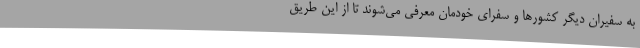
به سفیران دیگر کشورها و سفرای خودمان معرفی می‌شوند تا از این طریق